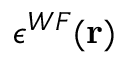
\epsilon ^ { W F } ( \mathbf { r } )